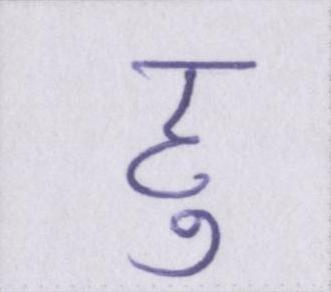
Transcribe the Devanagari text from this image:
हु